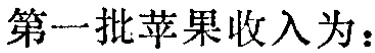
第一批苹果收入为：